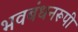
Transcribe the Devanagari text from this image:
भवबंधनरूपी